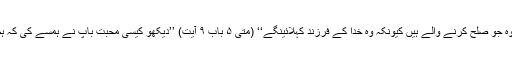
( متی ۱۱ باب ۴۸ سے ۳۰ آیت تک) ’’ مبارل وہ جو صُلح کرنے والے ہیں کیونکہ وہ خُدا کے فرزند کہلائینگے‘‘ (متی ۵ باب ۹ آیت) ’’دیکھو کیسی محّبت باپ نے ہمسے کی کہ ہم خدا کے فرزند کہلاویں‘‘ ( ایوحنا ۳ باب آیت)۔